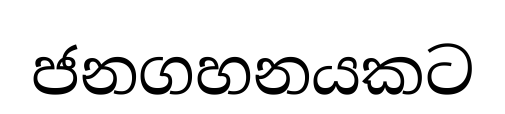
ජනගහනයකට